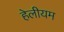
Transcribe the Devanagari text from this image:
हेलीयम